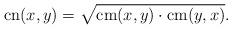
LaTeX: \begin{align*} \mathrm{cn}(x,y) = \sqrt{ \mathrm{cm}(x,y) \cdot \mathrm{cm}(y,x)}.\end{align*}